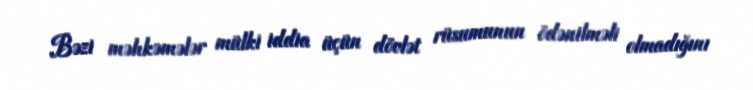
Bəzi məhkəmələr mülki iddia üçün dövlət rüsumunun ödənilməli olmadığını